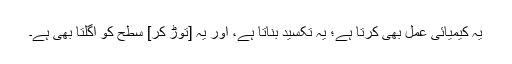
یہ کیمیائی عمل بھی کرتا ہے؛ یہ تکسید بناتا ہے، اور یہ [توڑ کر] سطح کو اگلتا بھی ہے۔